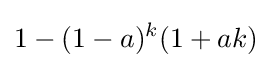
1-(1-a)^{k}(1+ak)